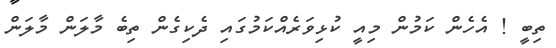
ތިބީ ! އެހެން ކަމުން މިއީ ކުޅިވަރެއްކަމުގައި ދެކިގެން ތިބެ މާލަން މާލަން